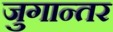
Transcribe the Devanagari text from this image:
जुगान्तर